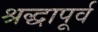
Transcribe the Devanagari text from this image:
श्रद्धापूर्व